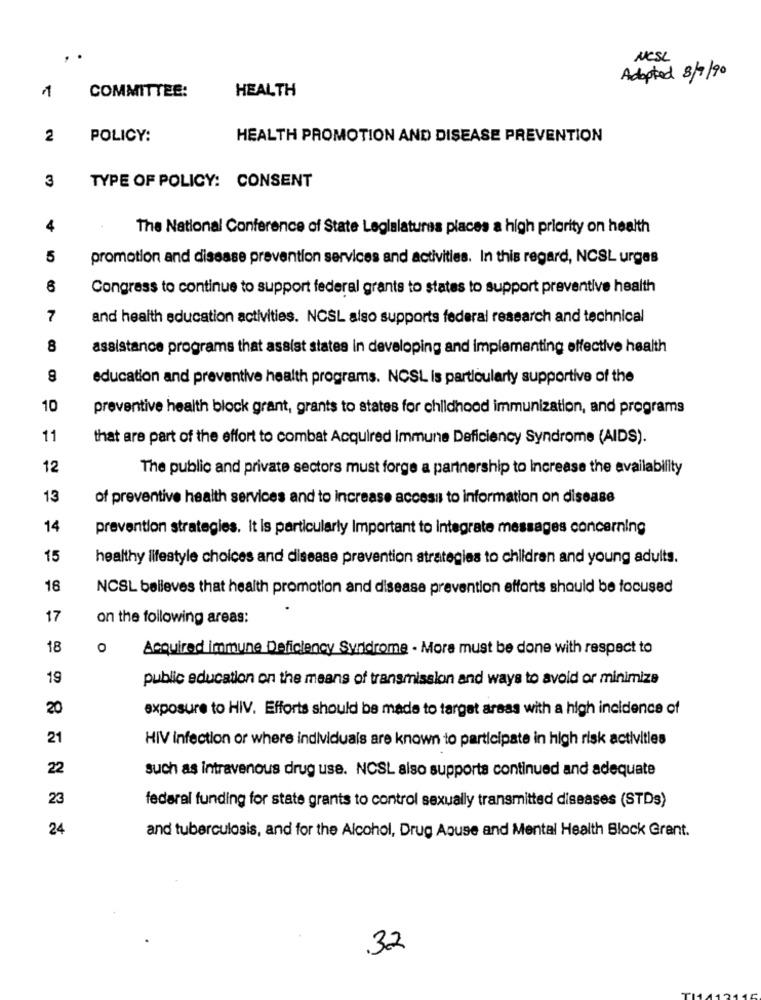
NCSL
Adopted 8/9/90
1
HEALTH
COMMITTEE:
2
POLICY:
HEALTH PROMOTION AND DISEASE PREVENTION
3
TYPE OF POLICY: CONSENT
4
The National Conference of State Legislatures places a high priority on health
5
promotion and disease prevention services and activities. In this regard, NCSL urges
8
Congress to continue to support federal grants to states to support preventive health
7
and health education activities. NCSL also supports federal research and technical
8
assistance programs that assist states in developing and implementing effective health
education and preventive health programs. NCSL is particularly supportive of the
10
preventive health block grant, grants to states for childhood immunization, and programs
11
that are part of the effort to combat Acquired immune Deficiency Syndrome (AIDS).
12
The public and private sectors must forge a partnership to Increase the availability
13
of preventive health services and to increase access to information on disease
14
prevention strategies. It is particularly Important to integrate messages concerning
15
healthy lifestyle choices and disease prevention strategies to children and young adults.
18
NCSL believes that health promotion and disease prevention efforts should be focused
17
on the following areas:
18
O
Acquired immune Deficiency Syndrome - More must be done with respect to
19
public education on the means of transmission and ways to avoid or minimize
20
exposure to HIV. Efforts should be made to target areas with a high incidence of
21
HIV infection or where individuals are known to participate in high risk activities
22
such as intravenous drug use. NCSL also supports continued and adequate
23
federal funding for state grants to control sexually transmitted diseases (STDs)
24
and tuberculosis, and for the Alcohol, Drug Abuse and Mental Health Block Grant.
32